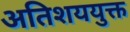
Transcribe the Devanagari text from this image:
अतिशययुक्त